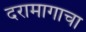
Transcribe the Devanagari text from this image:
दरामागाचा